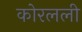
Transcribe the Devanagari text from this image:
कोरलली